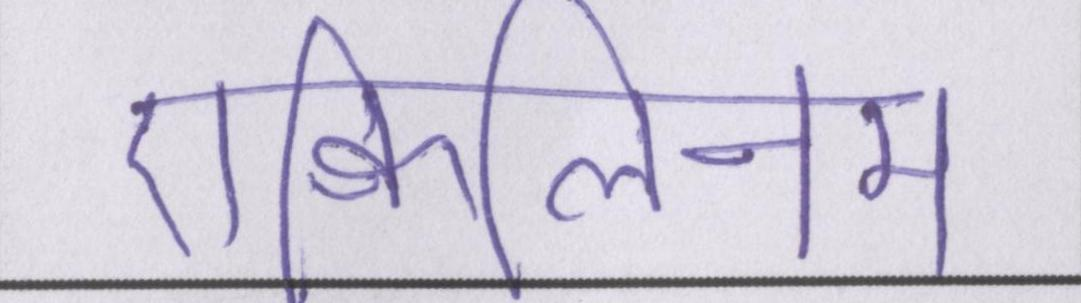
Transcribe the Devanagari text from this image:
एक्विलिनम